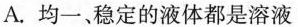
A.均一、稳定的液体都是溶液